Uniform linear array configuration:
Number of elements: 48
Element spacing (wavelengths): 0.5
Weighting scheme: kaiser
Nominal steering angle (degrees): -45
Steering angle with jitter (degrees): -45.997
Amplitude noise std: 0.05
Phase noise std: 0.05

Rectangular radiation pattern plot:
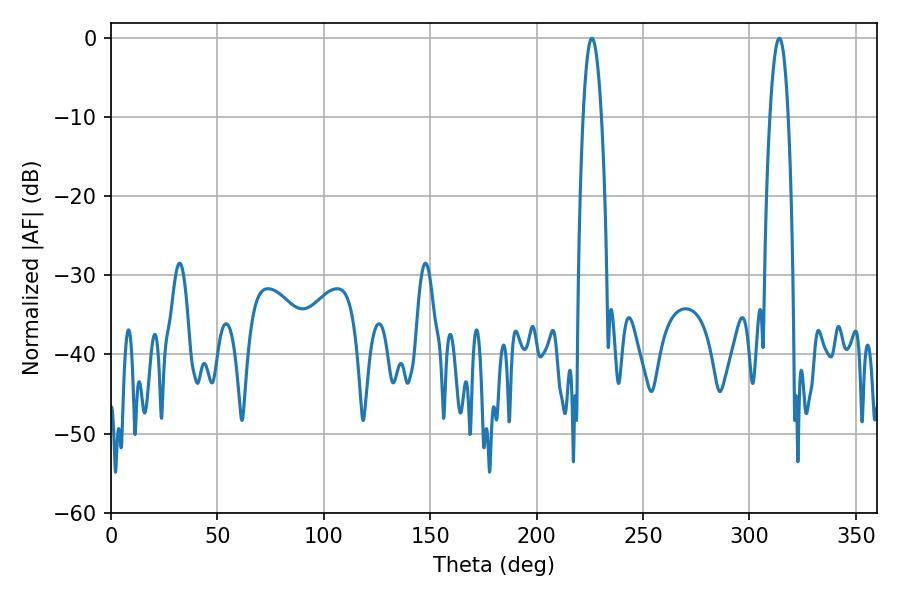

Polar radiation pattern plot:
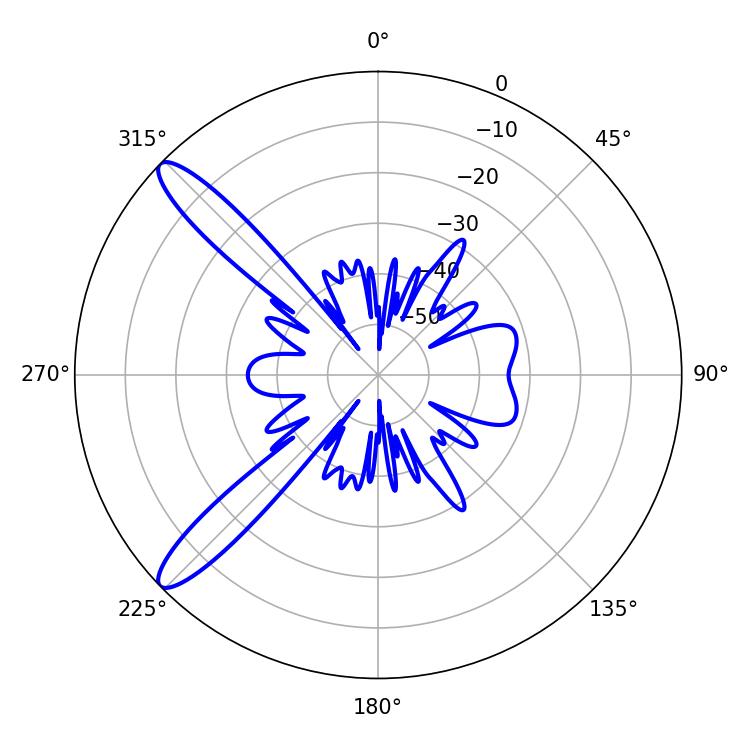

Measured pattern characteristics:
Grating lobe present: FALSE
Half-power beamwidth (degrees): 4.68
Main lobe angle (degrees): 225.9